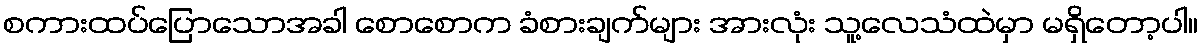
စကားထပ်ပြောသောအခါ စောစောက ခံစားချက်များ အားလုံး သူ့လေသံထဲမှာ မရှိတော့ပါ။